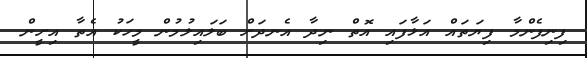
ފިނިފެންމާ ފިޔަތައް އަޅާފައި އޮތް ނިދާ އެނދަށް ބަލައިލުމުން މީހަކު އެތާ އިށީން